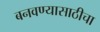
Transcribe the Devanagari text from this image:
बनवण्यासाठीचा